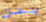
بمن